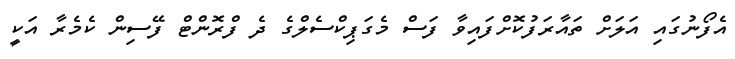
އެފޯނުގައި އަލަށް ތައާރަފުކޮށްފައިވާ ފަސް މެގަޕިކްސެލްގެ ދެ ފްރޮންޓް ފޭސިން ކެމެރާ އަކީ